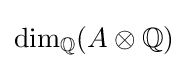
\dim _{\mathbb {Q} }(A\otimes \mathbb {Q} )